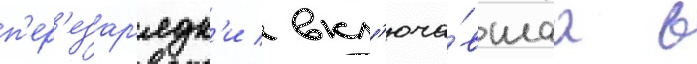
п'ер'езар'ядк'и / вкл'юча́вшаа в